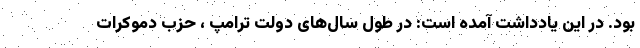
بود. در این یادداشت آمده است: در طول سال‌های دولت ترامپ ، حزب دموکرات